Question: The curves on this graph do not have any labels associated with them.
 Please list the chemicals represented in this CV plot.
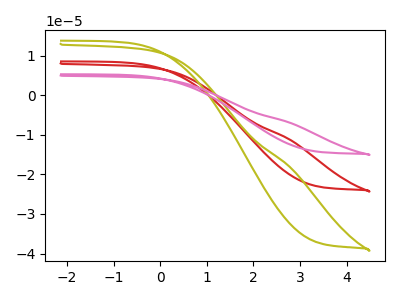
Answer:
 <answer>The red curve does not have a label. The olive curve does not have a label. The pink curve does not have a label.</answer>
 <eval></eval>